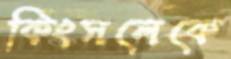
কিংসলেকে